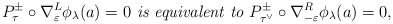
\begin{align*}P^\pm_{\tau}\circ \nabla^L_{\varepsilon}\phi_\lambda(a)=0 \textit{ is equivalent to } P^\pm_{\tau^\vee}\circ \nabla^R_{-\varepsilon}\phi_\lambda(a)=0,\end{align*}